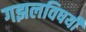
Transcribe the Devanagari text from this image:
गझलविषयी